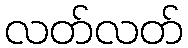
လတ်လတ်